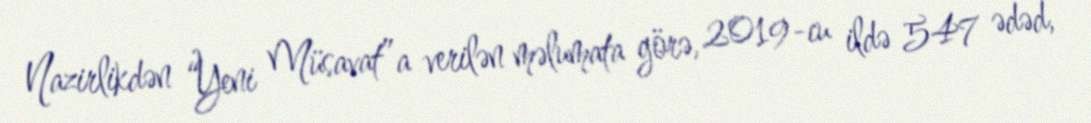
Nazirlikdən “Yeni Müsavat”a verilən məlumata görə, 2019-cu ildə 547 ədəd,